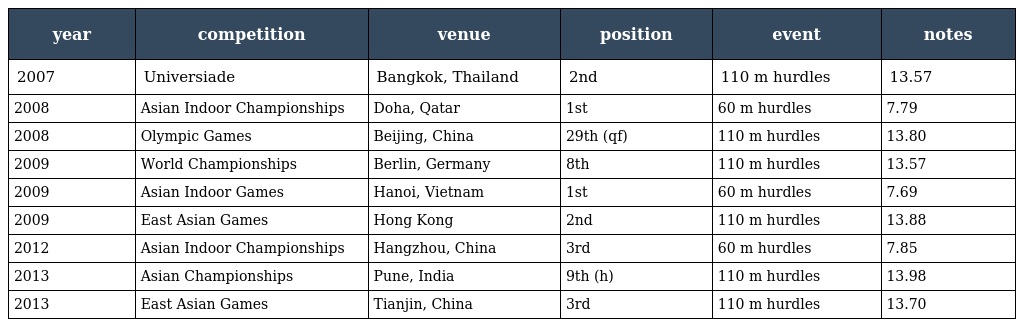
| year | competition | venue | position | event | notes |
 | --- | --- | --- | --- | --- | --- |
 | 2007 | Universiade | Bangkok, Thailand | 2nd | 110 m hurdles | 13.57 |
 | 2008 | Asian Indoor Championships | Doha, Qatar | 1st | 60 m hurdles | 7.79 |
 | 2008 | Olympic Games | Beijing, China | 29th (qf) | 110 m hurdles | 13.80 |
 | 2009 | World Championships | Berlin, Germany | 8th | 110 m hurdles | 13.57 |
 | 2009 | Asian Indoor Games | Hanoi, Vietnam | 1st | 60 m hurdles | 7.69 |
 | 2009 | East Asian Games | Hong Kong | 2nd | 110 m hurdles | 13.88 |
 | 2012 | Asian Indoor Championships | Hangzhou, China | 3rd | 60 m hurdles | 7.85 |
 | 2013 | Asian Championships | Pune, India | 9th (h) | 110 m hurdles | 13.98 |
 | 2013 | East Asian Games | Tianjin, China | 3rd | 110 m hurdles | 13.70 |